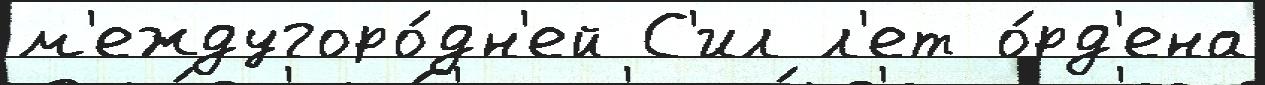
м'еждугоро́дн'ей С'ил л'ет о́рд'ена